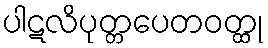
ပါဋလိပုတ္တပေတဝတ္ထု